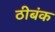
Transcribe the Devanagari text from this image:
ठीबंक